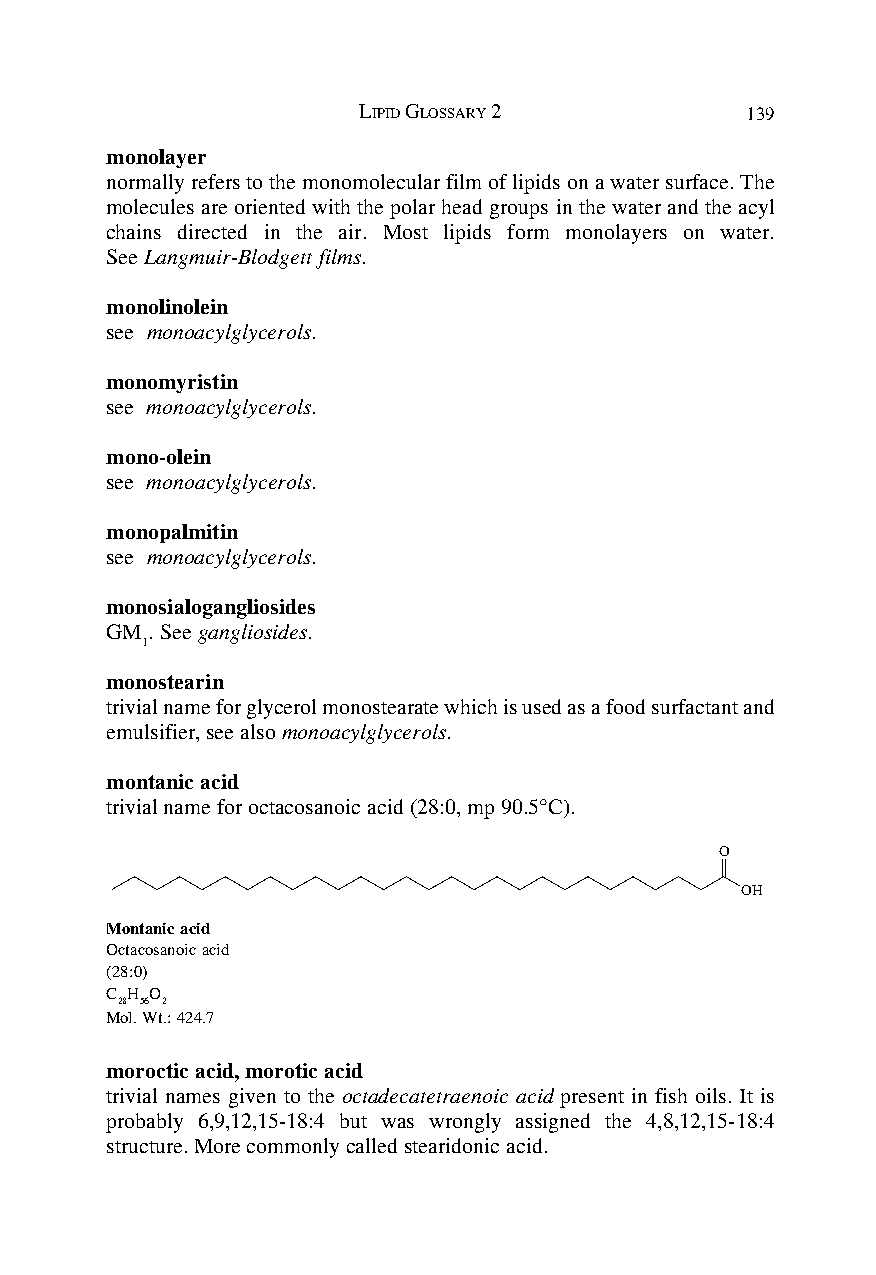
LIPID GLOSSARY 2         139
 monolayer
 normally refers to the monomolecular film of lipids on a water surface. The
 molecules are oriented with the polar head groups in the water and the acyl
 chains directed in the air. Most lipids form monolayers on water.
 See Langmuir-Blodgett films.
 monolinolein
 see monoacylglycerols.
 monomyristin
 see monoacylglycerols.
 mono-olein
 see monoacylglycerols.
 monopalmitin
 see monoacylglycerols.
 monosialogangliosides
 GM . See gangliosides.
 1
 monostearin
 trivial name for glycerol monostearate which is used as a food surfactant and
 emulsifier, see also monoacylglycerols.
 montanic acid
 trivial name for octacosanoic acid (28:0, mp 90.5°C).
 O
 OH
 Montanic acid
 Octacosanoic acid
 (28:0)
 C H O
 28 56 2
 Mol. Wt.: 424.7
 moroctic acid, morotic acid
 trivial names given to the octadecatetraenoic acid present in fish oils. It is
 probably 6,9,12,15-18:4 but was wrongly assigned the 4,8,12,15-18:4
 structure. More commonly called stearidonic acid.